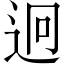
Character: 迥